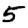
Digit: 5